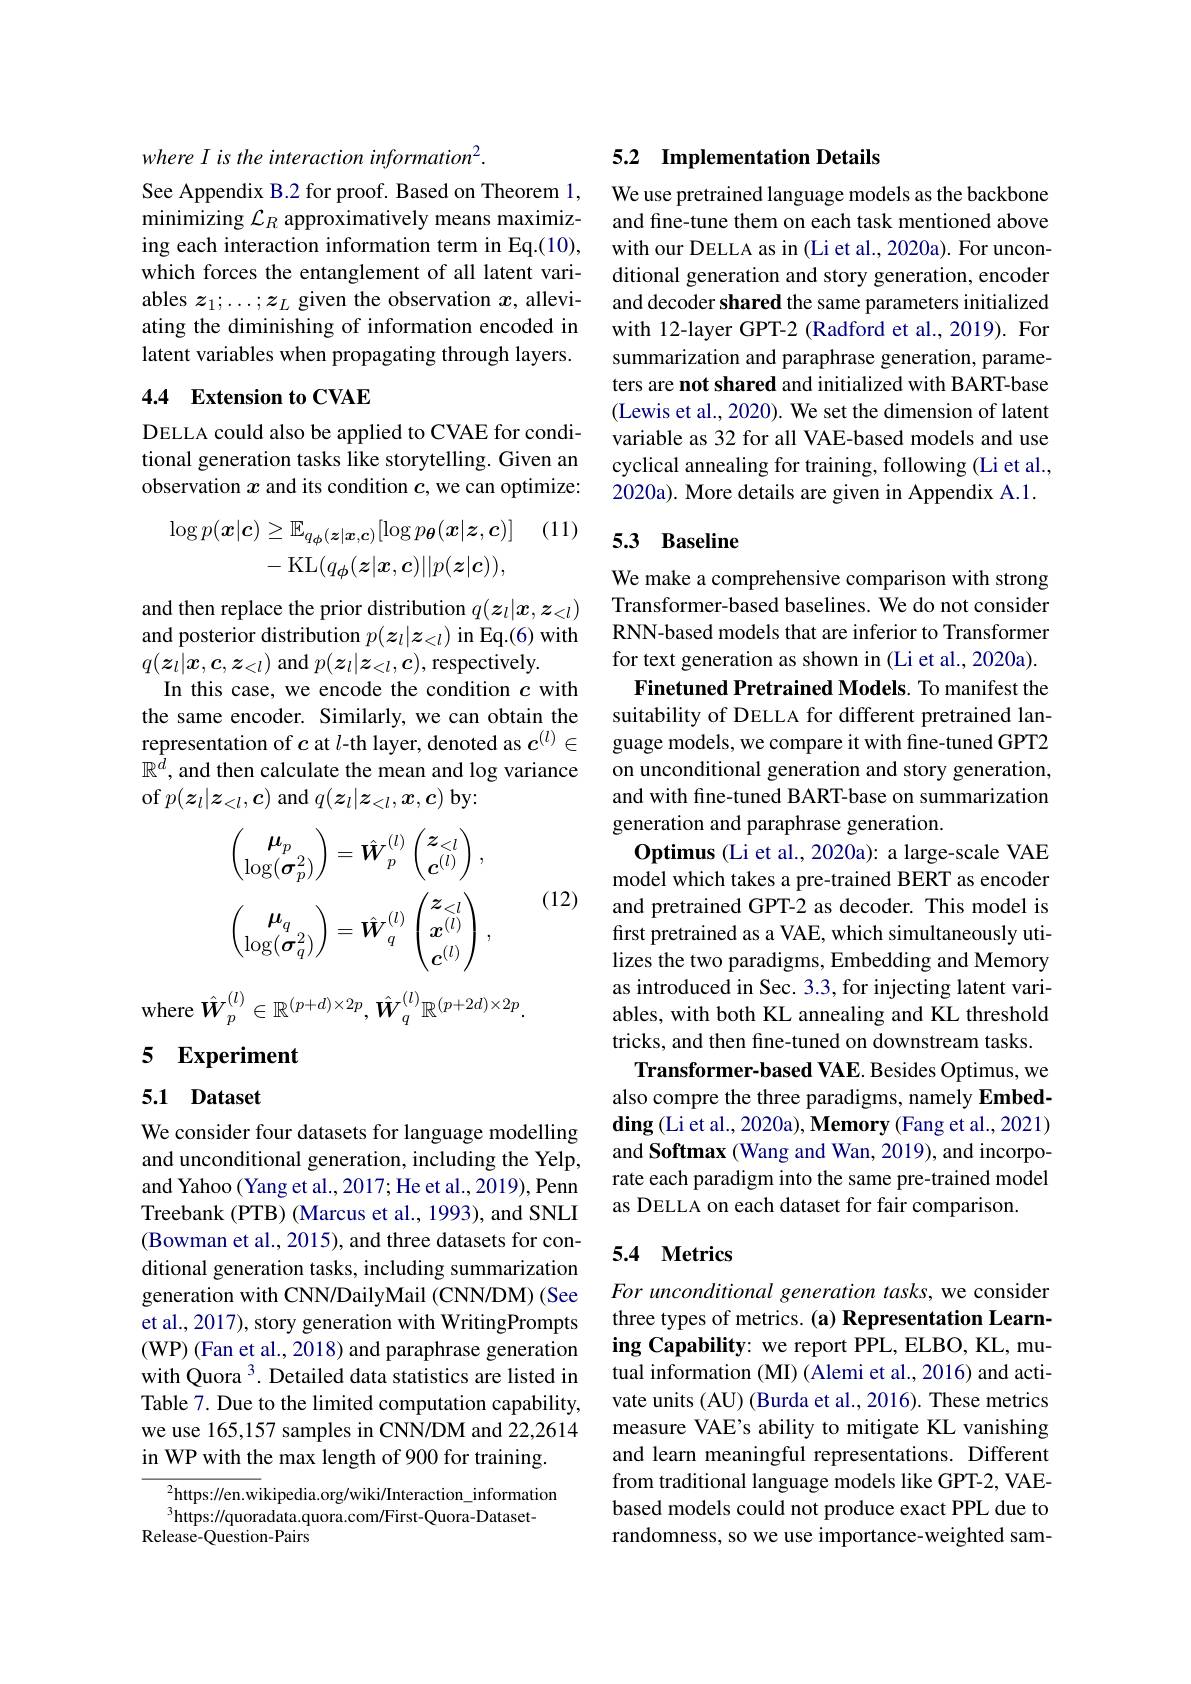
where I is the interaction information'.
See Appendix B.2 for proof. Based on Theorem 1, minimizing $\mathcal{L}_R$ approximatively means maximizing each interaction information term in Eq.(10), which forces the entanglement of all latent variables $z_1;\ldots;z_L$ given the observation $x$, alleviating the diminishing of information encoded in latent variables when propagating through layers.

## 4.4 Extension to CVAE

DELLA could also be applied to CVAE for conditional generation tasks like storytelling. Given an observation $x$ and its condition $c$, we can optimize:

(11)
$$\begin{aligned}\log p(\boldsymbol{x}|\boldsymbol{c})&\geq\mathbb{E}_{q_{\phi}(\boldsymbol{z}|\boldsymbol{x},\boldsymbol{c})}[\log p_{\boldsymbol{\theta}}(\boldsymbol{x}|\boldsymbol{z},\boldsymbol{c})]\\&-\operatorname{KL}(q_{\phi}(\boldsymbol{z}|\boldsymbol{x},\boldsymbol{c})||p(\boldsymbol{z}|\boldsymbol{c})),\end{aligned}$$
and then replace the prior distribution $q(z_l|x,z_<l)$ and posterior distribution $p(z_l|z_{<l})$ in Eq.(6) with $q(\boldsymbol{z}_l|\boldsymbol{x},\boldsymbol{c},\boldsymbol{z}_{<l})$ and $p(\boldsymbol{z}_l|\boldsymbol{z}_{<l},\boldsymbol{c})$,respectively.
In this case, we encode the condition $c$ with the same encoder. Similarly, we can obtain the representation of $c$ at $l$-th layer, denoted as $c^{(l)}\in$ $\mathbb{R}^d$, and then calculate the mean and log variance of $p(z_l|z_{<l},c)$ and $q(z_l|z_{<l},x,c)$ by:
$$\begin{pmatrix}\boldsymbol{\mu}_p\\\log(\boldsymbol{\sigma}_p^2)\end{pmatrix}=\hat{\boldsymbol{W}}_p^{(l)}\begin{pmatrix}\boldsymbol{z}_{<l}\\\boldsymbol{c}^{(l)}\end{pmatrix},\\\begin{pmatrix}\boldsymbol{\mu}_q\\\log(\boldsymbol{\sigma}_q^2)\end{pmatrix}=\hat{\boldsymbol{W}}_q^{(l)}\begin{pmatrix}\boldsymbol{z}_{<l}\\\boldsymbol{x}^{(l)}\\\boldsymbol{c}^{(l)}\end{pmatrix},$$
(12)

where $\hat{\boldsymbol{W}}_p^{(l)}\in\mathbb{R}^{(p+d)\times2p},\hat{\boldsymbol{W}}_q^{(l)}\mathbb{R}^{(p+2d)\times2p}.$

# 5 Experiment

## 5.1 Dataset

We consider four datasets for language modelling and unconditional generation, including the Yelp, and Yahoo (Yang et al., 2017; He et al., 2019), Penn Treebank (PTB) (Marcus et al., 1993), and SNLI (Bowman et al., 2015), and three datasets for conditional generation tasks, including summarization generation with CNN/DailyMail (CNN/DM) (See et al., 2017), story generation with WritingPrompts (WP) (Fan et al., 2018) and paraphrase generation with Quora $^{3}$. Detailed data statistics are listed in Table 7. Due to the limited computation capability, we use 165,157 samples in CNN/DM and 22,2614 in WP with the max length of 900 for training.

$^{2}$https://en.wikipedia.org/wiki/Interaction\_information
$^{3}$https://quoradata.quora.com/First-Quora-Dataset-
Release-Question-Pairs

### 5.2 Implementation Details

We use pretrained language models as the backbone and fine-tune them on each task mentioned above with our DELLA as in (Li et al., 2020a). For unconditional generation and story generation, encoder and decoder shared the same parameters initialized with 12-layer GPT-2 (Radford et al., 2019). For summarization and paraphrase generation, parameters are not shared and initialized with BART-base (Lewis et al., 2020). We set the dimension of latent variable as 32 for all VAE-based models and use cyclical annealing for training, following (Li et al., 2020a). More details are given in Appendix A.1.

## 5.3 Baseline

We make a comprehensive comparison with strong Transformer-based baselines. We do not consider RNN-based models that are inferior to Transformer for text generation as shown in (Li et al., 2020a).
Finetuned Pretrained Models. To manifest the suitability of DELLA for different pretrained language models, we compare it with fine-tuned GPT2 on unconditional generation and story generation, and with fine-tuned BART-base on summarization generation and paraphrase generation.
Optimus (Li et al., 2020a): a large-scale VAE model which takes a pre-trained BERT as encoder and pretrained GPT-2 as decoder. This model is first pretrained as a VAE, which simultaneously utilizes the two paradigms, Embedding and Memory as introduced in Sec. 3.3, for injecting latent variables, with both KL annealing and KL threshold tricks, and then fine-tuned on downstream tasks. Transformer-based VAE. Besides Optimus, we also compre the three paradigms, namely Embed- $\mathbf{ding}$(Li et al., 2020a), Memory (Fang et al., 2021) and Softmax (Wang and Wan, 2019), and incorporate each paradigm into the same pre-trained model as DELLA on each dataset for fair comparison.

### 5.4 Metrics

For unconditional generation tasks, we consider three types of metrics. (a) Representation Learning Capability: we report PPL, ELBO, KL, mutual information (MI) (Alemi et al., 2016) and activate units (AU) (Burda et al., 2016). These metrics measure VAE's ability to mitigate KL vanishing and learn meaningful representations. Different from traditional language models like GPT-2, VAEbased models could not produce exact PPL due to randomness, so we use importance-weighted sam-